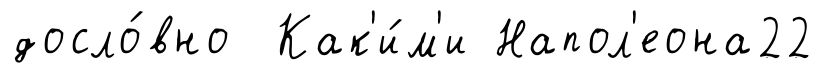
досло́вно Как'и́м'и Напол'еона22